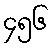
၄၅၆